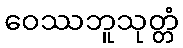
ဝေဿဘူသုတ္တံ